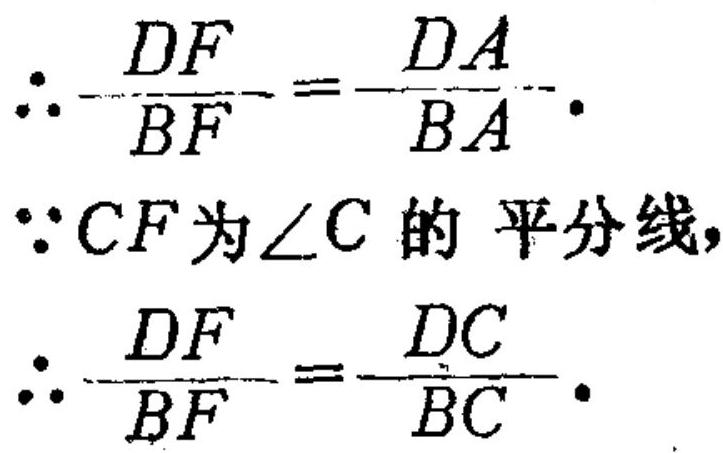
\(\therefore\frac{DF}{BF}=\frac{DA}{BA}\)。
\(\because CF\)为\(\angle C\)的平分线，
\(\therefore\frac{DF}{BF}=\frac{DC}{BC}\)。